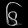
Digit: ၆